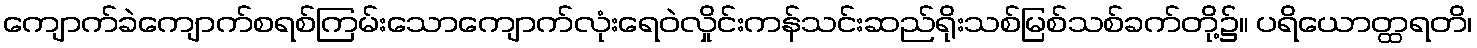
ကျောက်ခဲကျောက်စရစ်ကြမ်းသောကျောက်လုံးရေဝဲလှိုင်းကန်သင်းဆည်ရိုးသစ်မြစ်သစ်ခက်တို့၌။ ပရိယောတ္ထရတိ၊